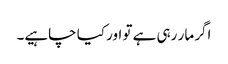
اگر مار رہی ہے تو اور کیا چاہیے۔